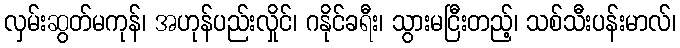
လှမ်းဆွတ်မကုန်၊ အဟုန်ပည်းလှိုင်၊ ဂနိုင်ခရီး၊ သွားမငြီးတည့်၊ သစ်သီးပန်းမာလ်၊